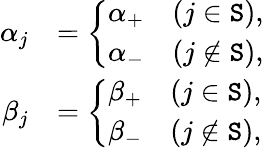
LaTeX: \begin{array}{rl}{\alpha_{j}}&{=\left\{ \begin{array}{ll}{\alpha_{+}}&{(j\in\mathtt{S}),}\\ {\alpha_{-}}&{(j\notin\mathtt{S}),}\end{array}\right.}\\ {\beta_{j}}&{=\left\{ \begin{array}{ll}{\beta_{+}}&{(j\in\mathtt{S}),}\\ {\beta_{-}}&{(j\notin\mathtt{S}),}\end{array}\right.}\end{array}